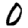
Digit: 0